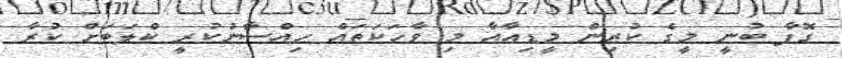
ގޮފާ ބުނީ މީގެ ކުރިން މީޑިއާއާ މި ވާހަކަތައް ހިއްސާނުކުރީ ކްލަބަށް ކުރާ